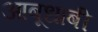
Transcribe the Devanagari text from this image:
आबूधाबी